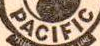
PACIFIC